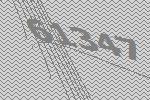
61347